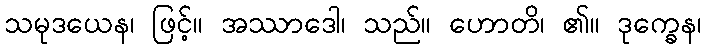
သမုဒယေန၊ ဖြင့်။ အဿာဒေါ၊ သည်။ ဟောတိ၊ ၏။ ဒုက္ခေန၊